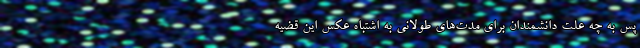
پس به چه علت دانشمندان برای مدت‌های طولانی به اشتباه عکس این قضیه